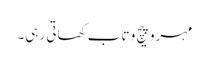
مہرو پیچ و تاب کھاتی رہی۔